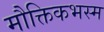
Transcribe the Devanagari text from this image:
मौक्तिकभस्म